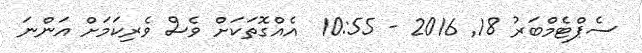
ސެޕްޓެމްބަރު 18